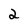
Character: 2